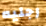
رجليه